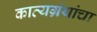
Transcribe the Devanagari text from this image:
काव्यग्रंथांचा